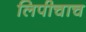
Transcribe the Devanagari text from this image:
लिपीचाच